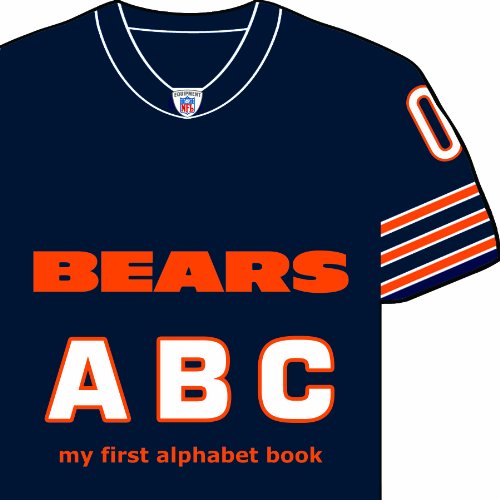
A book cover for Chicago Bears ABC: My First Alphabet Book (Team-Board-Books); Brad M. Epstein; Children's Books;